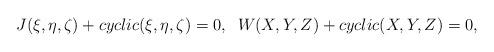
LaTeX: \begin{align*} J(\xi,\eta,\zeta) + cyclic(\xi,\eta,\zeta) = 0, \; \; W(X,Y,Z) + cyclic(X,Y,Z) = 0, \end{align*}